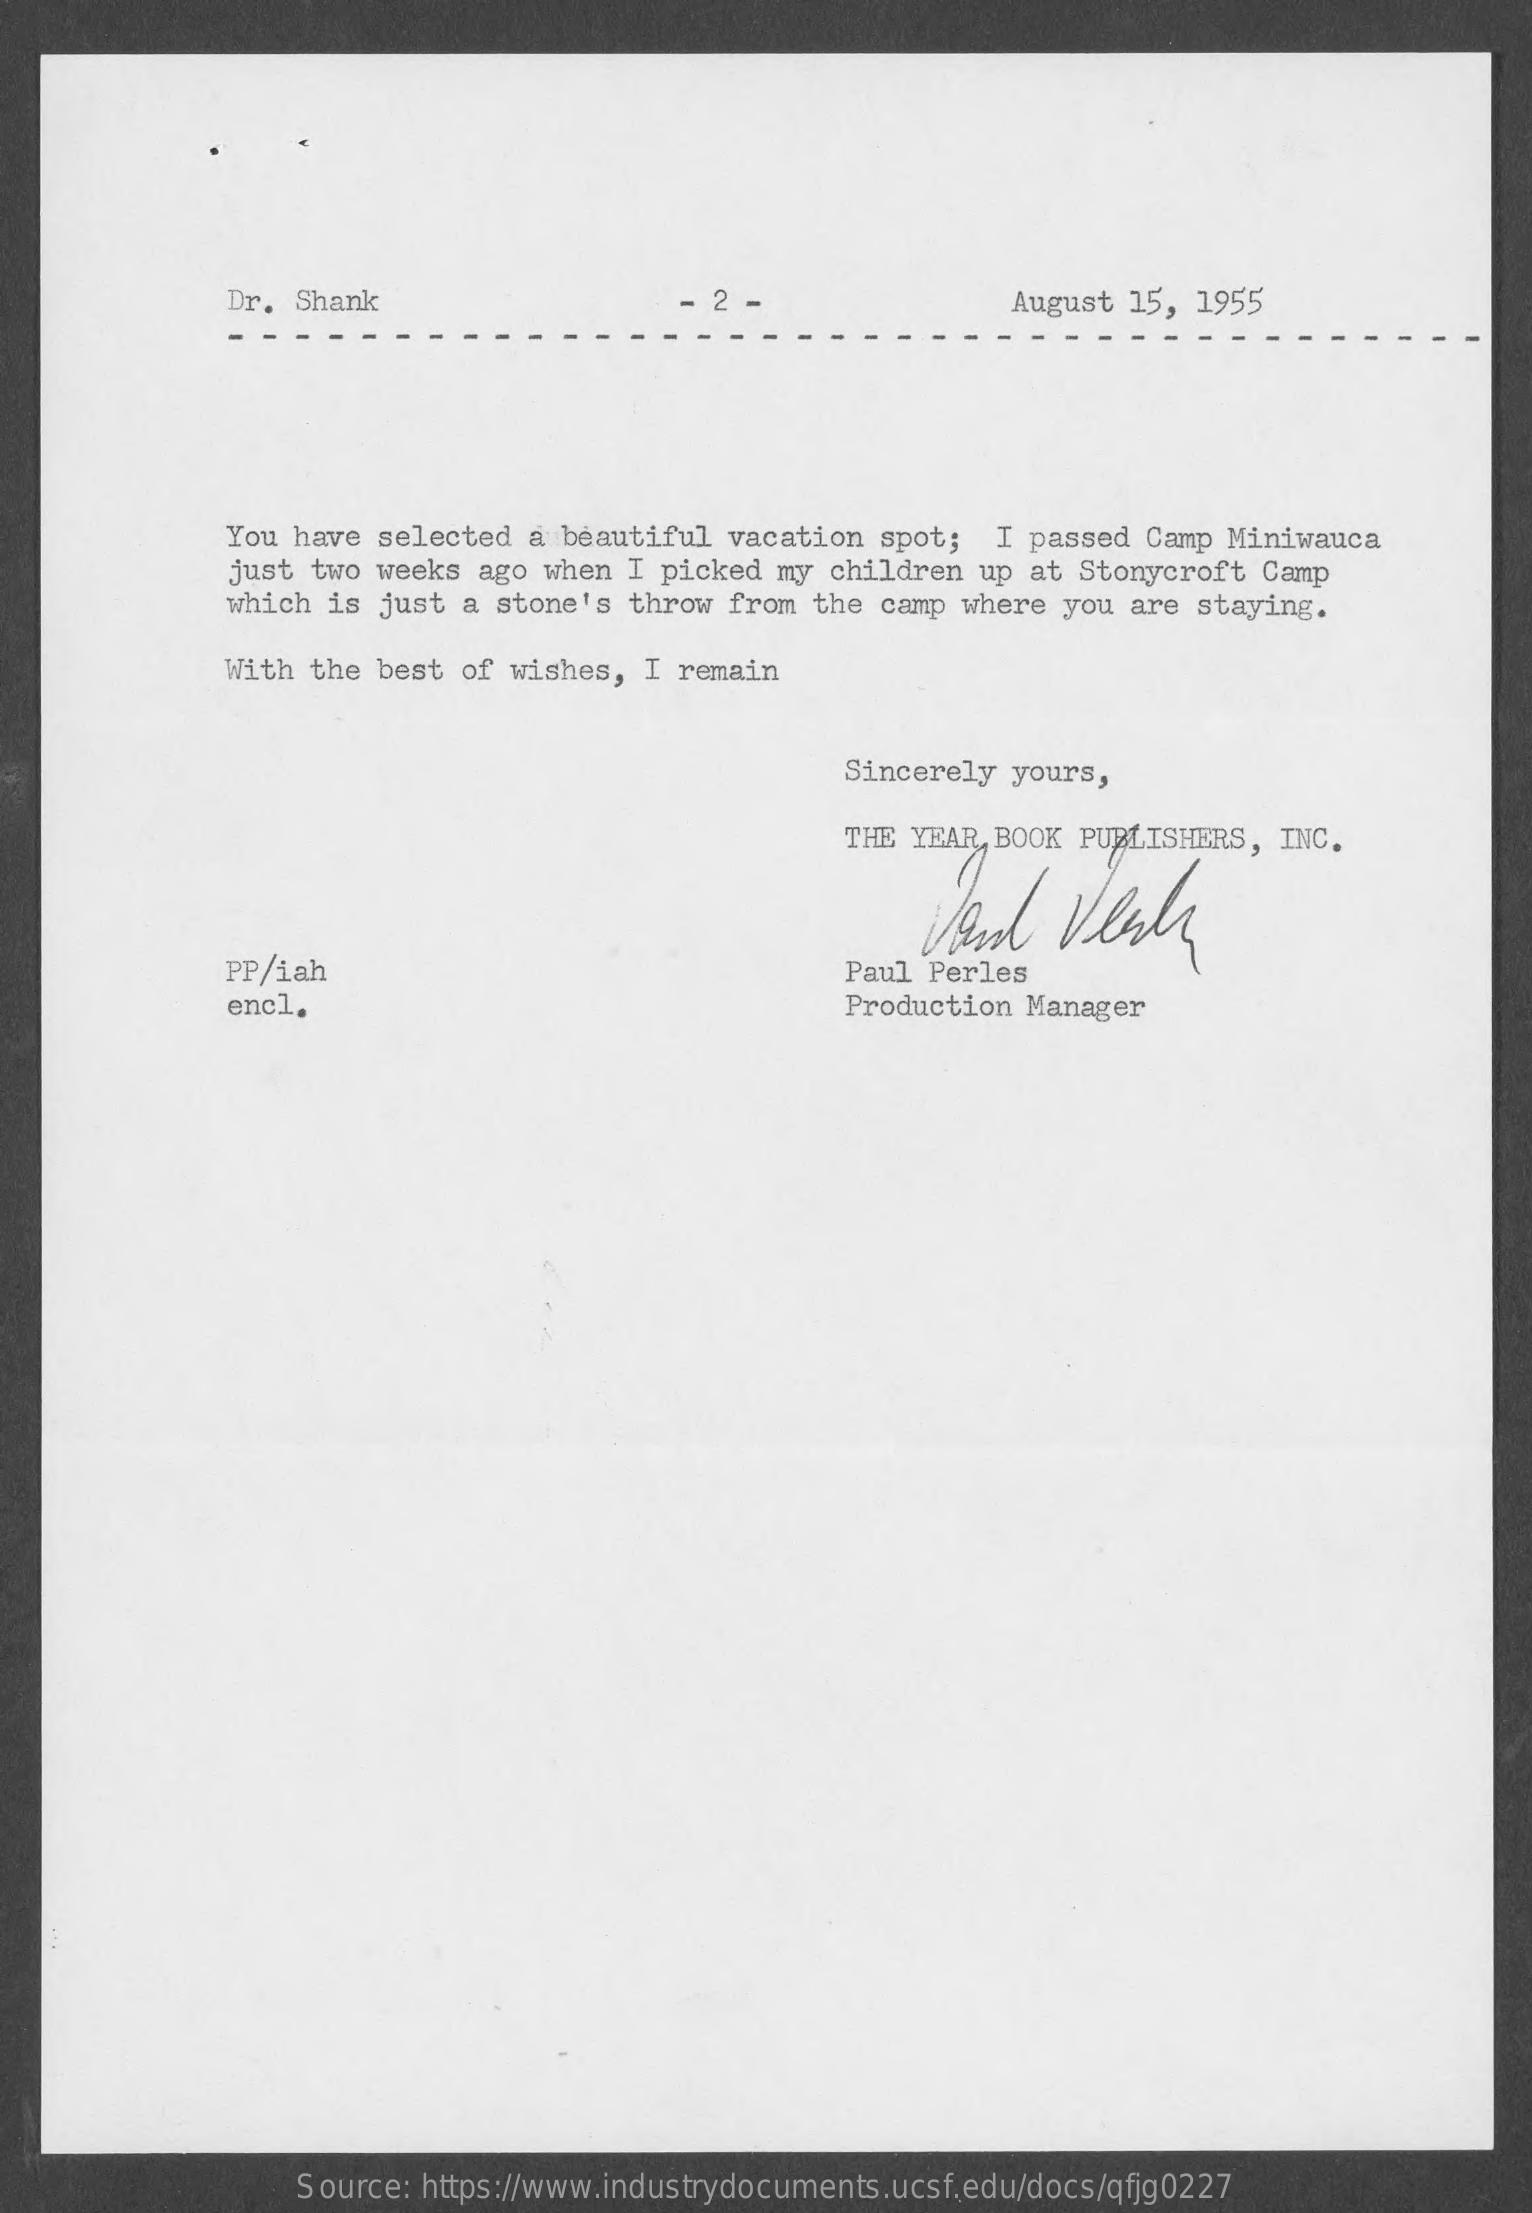
Dr. Shank    August 15,  1955
     You have selected a  beautiful vacation  spot;  I passed Camp Miniwauca
     just two weeks ago when  I picked my children  up at Stonycroft  Camp
     which  is just a stone's  throw from  the camp where you are  staying.
     With  the best of wishes,  I remain
     Sincerely yours,
     THE YEAR BOOK PUBLISHERS,  INC.
     vand    Verly
     PP/iah    Paul Perles
     encl.    Production Manager
     Source: https://www.industrydocuments.ucsf.edu/docs/qfjg0227